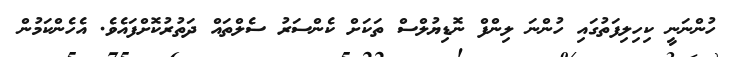
ހުންނަނީ ކިހިލިފަތުގައި ހުންނަ ލިންފް ނޮޑިޔުލްސް ތަކަށް ކެންސަރު ސެލްތައް ދަތުރުކޮށްފައެވެ. އެހެންކަމުން